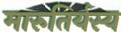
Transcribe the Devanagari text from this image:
मारुतिर्यस्य